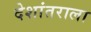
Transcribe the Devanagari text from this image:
देशांतराला